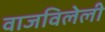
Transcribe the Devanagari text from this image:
वाजविलेली